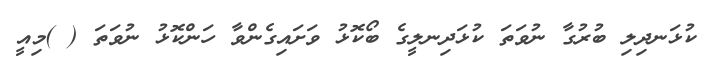
ކުޅަނދިލި ބުރުގާ ނުވަތަ ކުޅަދިނލީގެ ބޯކޮޅު ވަށައިގެންވާ ހަންކޮޅު ނުވަތަ ( )މިއީ